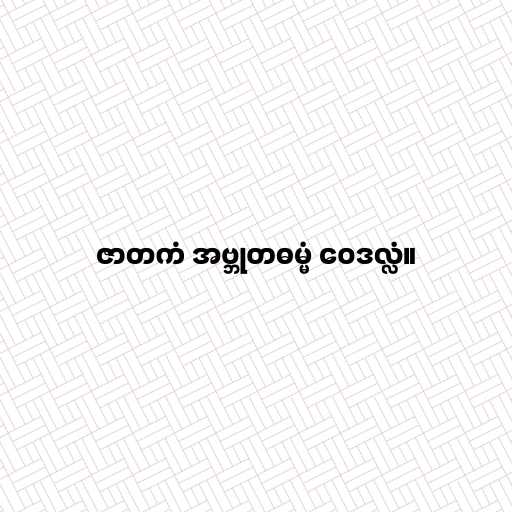
ဇာတကံ အဗ္ဘုတဓမ္မံ ဝေဒလ္လံ။